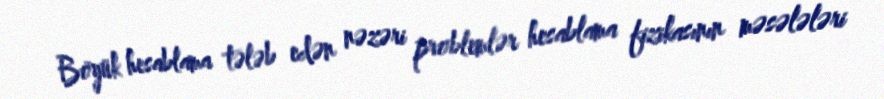
Böyük hesablama tələb edən nəzəri problemlər hesablama fizikasının məsələləri